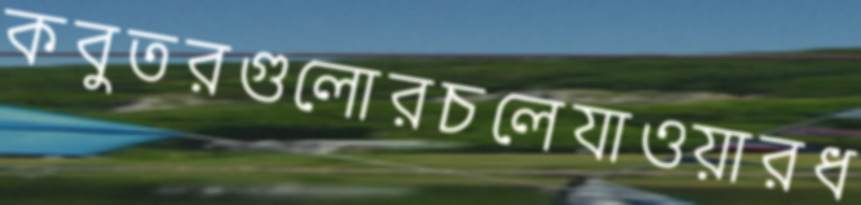
কবুতরগুলোরচলেযাওয়ারধ